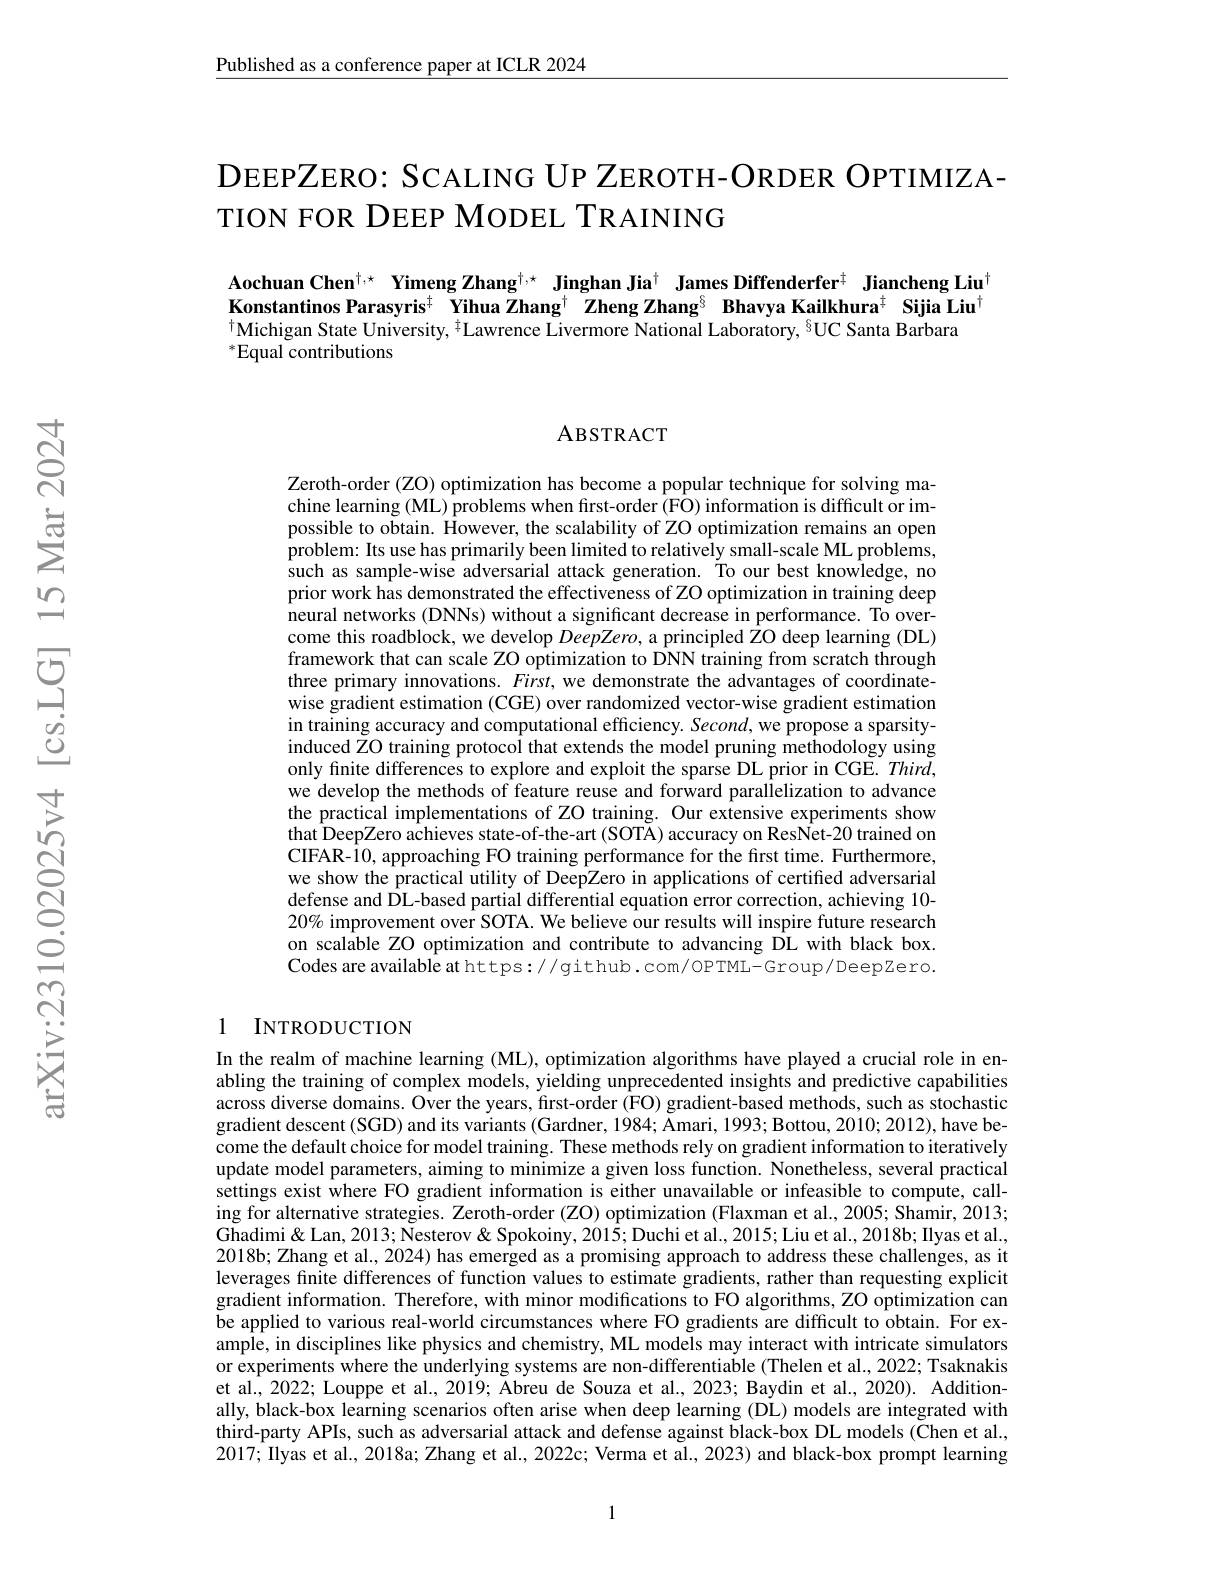
Published as a conference paper at ICLR 2024

# DEEPZERO: SCALING UP ZEROTH- ORDER OPTIMIZA- TION FOR DEEP MODEL TRAINING

Aochuan Chen$^{\dagger,\star}$ Yimeng Zhang$^\dagger,\star\textbf{ Jinghan Jia}^\dagger$ James Diffenderfer$^\dagger$ Jiancheng Liu$^\dagger$ Konstantinos Parasyris$^{\mathrm{t}}$ Yihua Zhang$^{\mathrm{t}}$ Zheng Zhang$^{\mathrm{\delta}}$ Bhavya Kailkhura$^{\mathrm{t}}$ Sijia Liu$^{\mathrm{t}}$ $^{\mathrm{t}}$Michigan State University, $^{\mathrm{t}}$Lawrence Livermore National Laboratory, $^{\mathrm{6}}$UC Santa Barbara
$^*$Equal contributions

### ABSTRACT

Zeroth-order (ZO) optimization has become a popular technique for solving machine learning (ML) problems when first-order (FO) information is difficult or impossible to obtain. However, the scalability of ZO optimization remains an open problem: Its use has primarily been limited to relatively small-scale ML problems, $\hat{\text{such as sample-wise adversarial attack generation. To our best knowledge, no}}$ prior work has demonstrated the effectiveness of ZO optimization in training deep neural networks (DNNs) without a significant decrease in performance. To overcome this roadblock, we develop DeepZero, a principled ZO deep learning (DL) framework that can scale ZO optimization to DNN training from scratch through three primary innovations. $First$, we demonstrate the advantages of coordinatewise gradient estimation (CGE) over randomized vector-wise gradient estimation in training accuracy and computational efficiency. Second, we propose a sparsityinduced ZO training protocol that extends the model pruning methodology using only finite differences to explore and exploit the sparse DL prior in CGE. Third, we develop the methods of feature reuse and forward parallelization to advance the practical implementations of ZO training. Our extensive experiments show that DeepZero achieves state-of-the-art (SOTÄ) accuracy on ResNet-20 trained on CIFAR-10, approaching FO training performance for the first time. Furthermore, we show the practical utility of DeepZero in applications of certified adversarial defense and ÔL-based partial differential equation error correction, achieving 10- $20\%$ improvement over SOTA. We believe our results will inspire future research on scalable ZO optimization and contribute to advancing DL with black box. Codes are available at https://github.com/OPTML-Group/DeepZero.

## 1 INTRODUCTION

In the realm of machine learning (ML), optimization algorithms have played a crucial role in enabling the training of complex models, yielding unprecedented insights and predictive capabilities across diverse domains. Over the years, first-order (FO) gradient-based methods, such as stochastic gradient descent (SGD) and its variants (Gardner, 1984; Amari, 1993; Bottou, 2010; 2012), have become the default choice for model training. These methods rely on gradient information to iteratively update model parameters, aiming to minimize a given loss function. Nonetheless, several practical settings exist where FO gradient information is either unavailable or infeasible to compute, calling for alternative strategies. Zeroth-order (ZO) optimization (Flaxman et al., 2005; Shamir, 2013; $\tilde{\text{Ghadimi\" Nesterov}}$ " Nesterov & Spokoiny, 2015; Duchi et al., 2015; Liu et al., 2018b; Ilyas et al. 2018b; Zhang et al., 2024) has emerged as a promising approach to address these challenges, as it leverages finite differences of function values to estimate gradients, rather than requesting explicit gradient information. Therefore, with minor modifications to FO algorithms, ZO optimization can be applied to various real-world circumstances where FO gradients are difficult to obtain. For example, in disciplines like physics and chemistry, ML models may interact with intricate simulators or experiments where the underlying systems are non-differentiable (Thelen et al., 2022; Tsaknakis et al., 2022; Louppe et al., 2019; Abreu de Souza et al., 2023; Baydin et al., 2020). Additionally, black-box learning scenarios often arise when deep learning (DL) models are integrated with third-party APIs, such as adversarial attack and defense against black-box DL models (Chen et al., 2017; Ilyas et al., 2018a; Zhang et al., 2022c; Verma et al., 2023) and black-box prompt learning

1